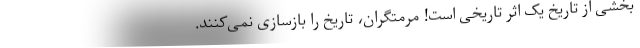
بخشی از تاریخ یک اثر تاریخی است! مرمتگران، تاریخ را بازسازی نمی‌کنند.